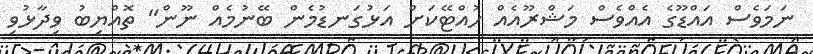
ނަމަވެސް އައްޑޫގެ އެއްވެސް މަޝްރޫއެއް ހުއްޓޭކަށް އަޅުގަނޑުމެން ބޭނުމެއް ނޫން" ތޮއްޔިބު ވިދާޅުވި